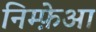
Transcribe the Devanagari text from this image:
निम्फ़ेआ